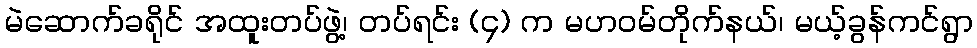
မဲဆောက်ခရိုင် အထူးတပ်ဖွဲ့၊ တပ်ရင်း (၄) က မဟဝမ်တိုက်နယ်၊ မယ့်ခွန်ကင်ရွာ